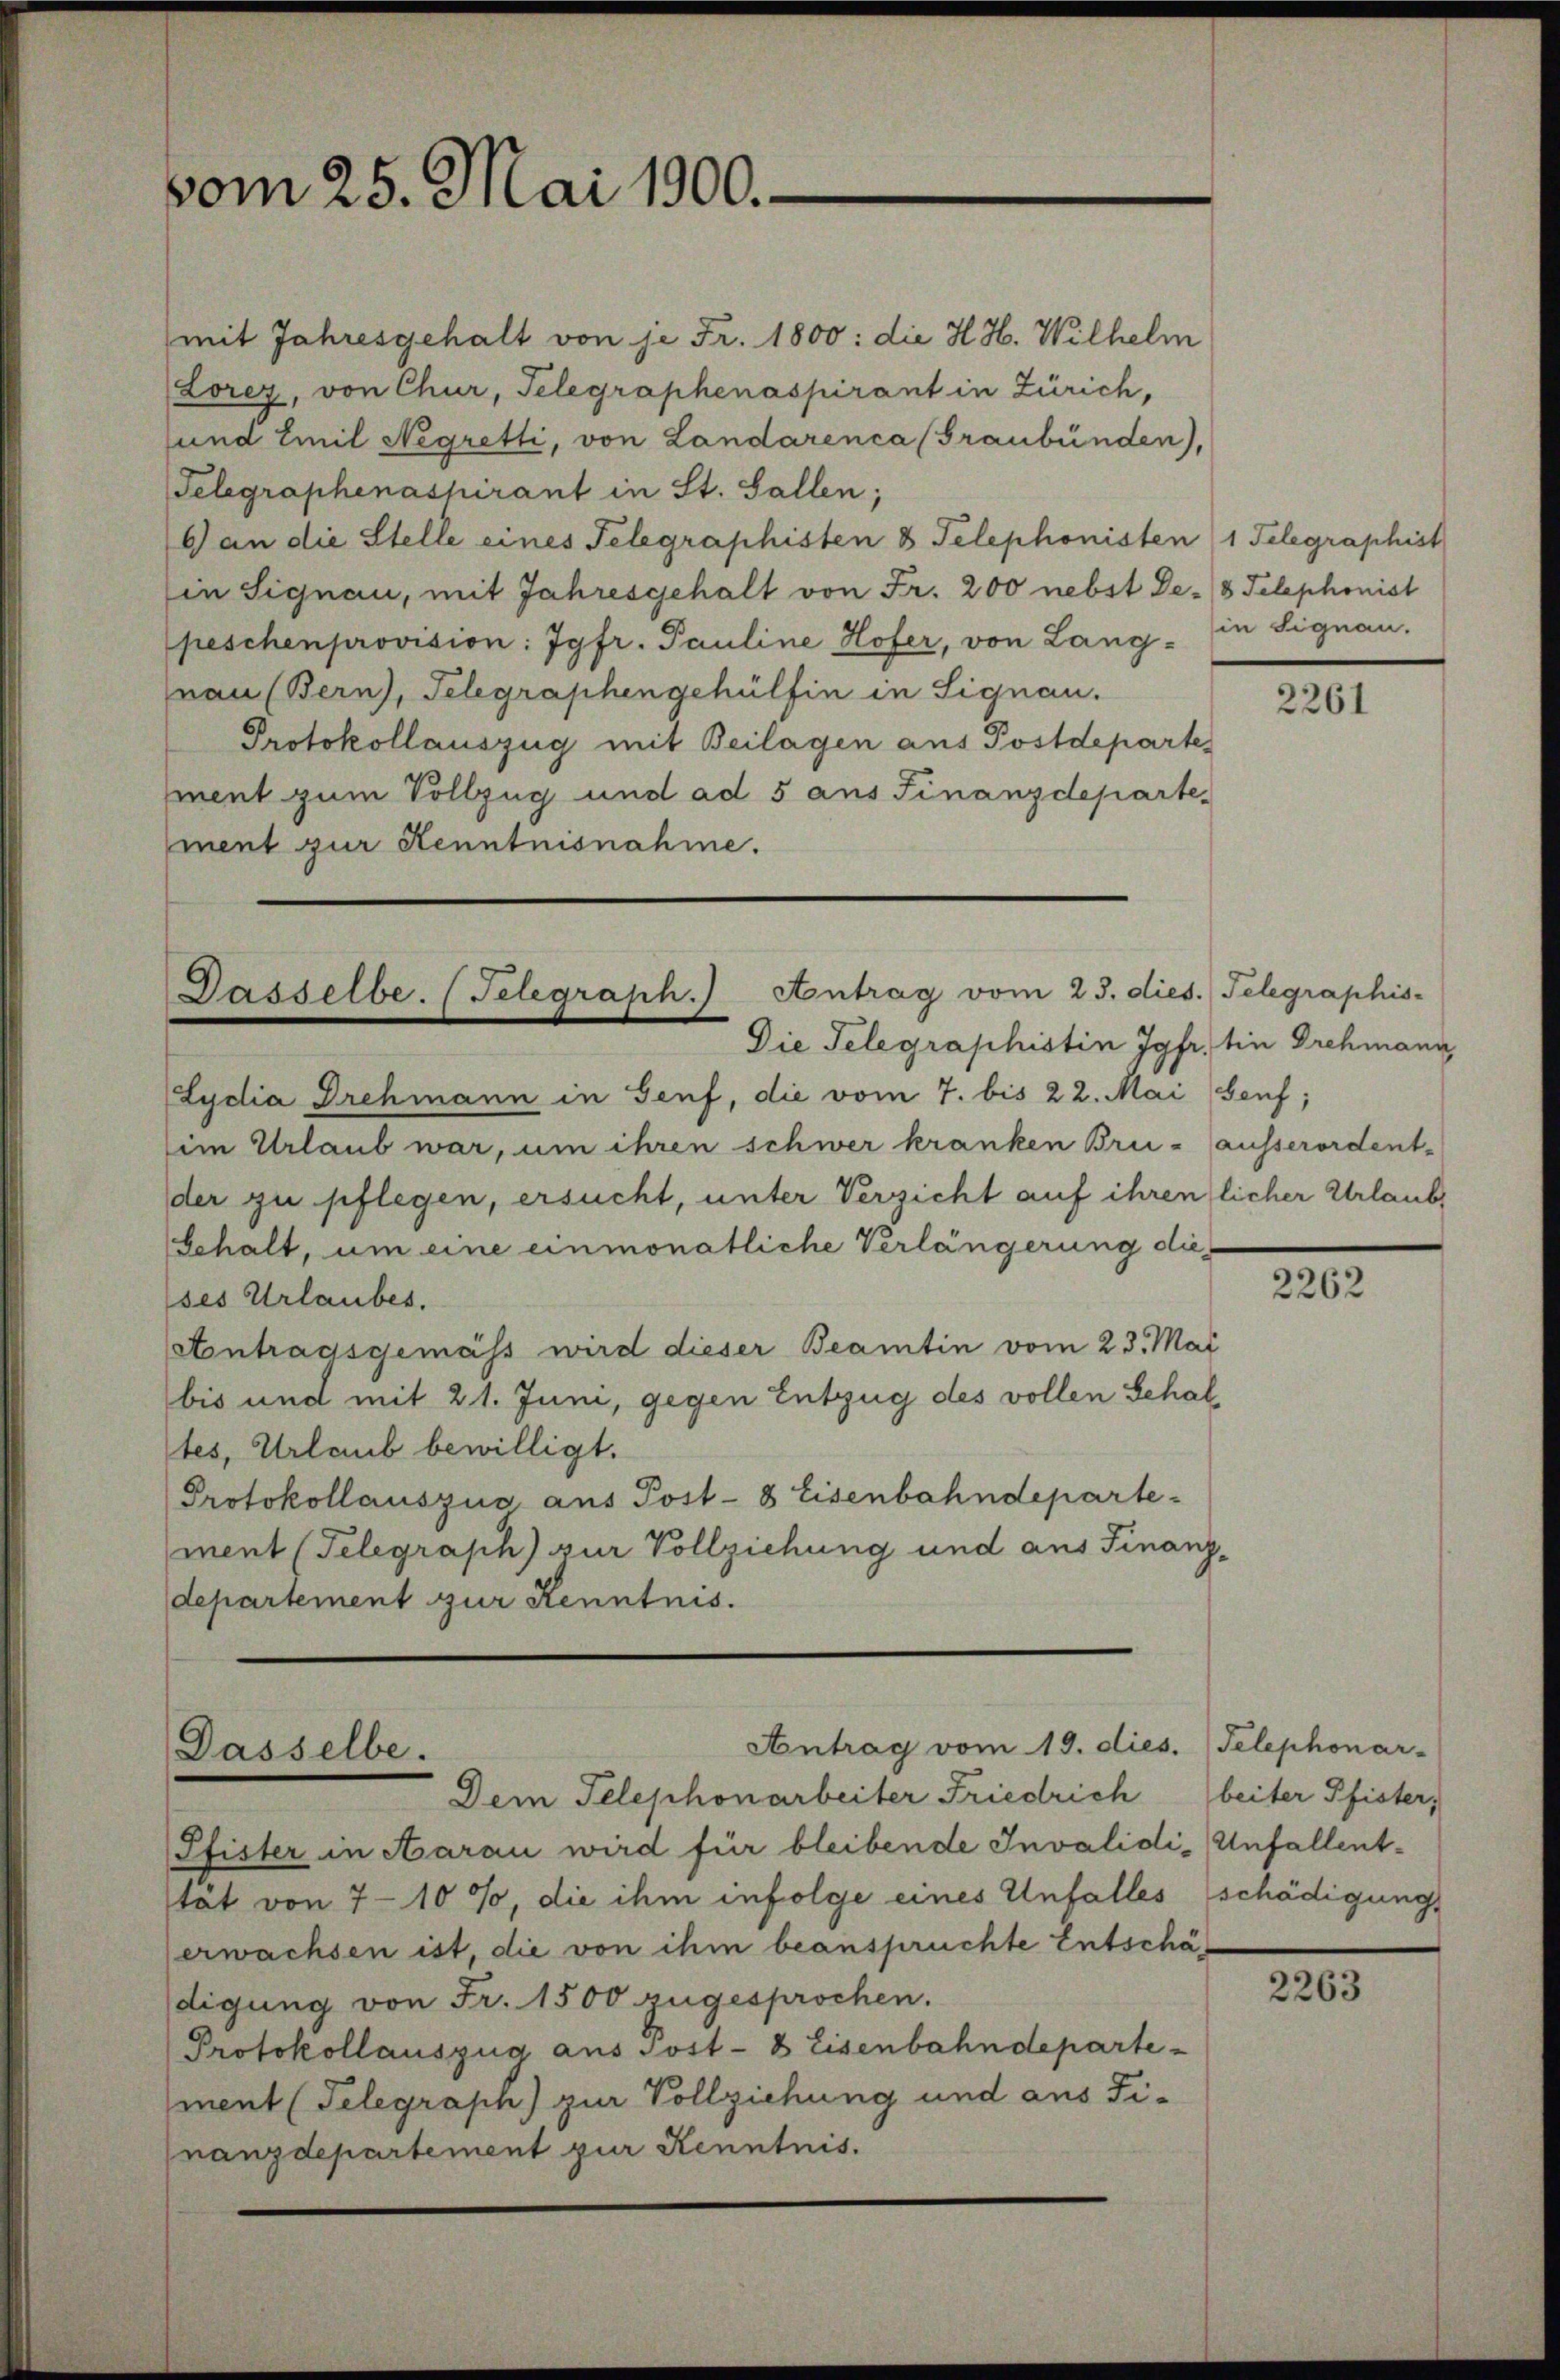
vom 25. Mai 1900.-

Dasselbe. (Telegraph.) Antrag vom 23. dies. Telegraphis
Die Telegraphistin Jgfr. bin Drehmann

mit Jahresgehalt von je Fr. 1800: die H. H. Wilhelm
Lorey, von Chur, Telegraphenaspirant in Zürich,
und Emil Negretti, von Landarenca (Graubünden),
Telegraphenashirant in St. Gallen;
A an die Stelle eines Telegraphisten 8 Telephonisten 1 Telegraphist
in Signau, mit Jahresgehalt von Fr. 200 nebst De- (8 Telephonist
peschenprovision: Jgfr. Pauline Hofer, von Lang- in Signau,
nau (Bern, Telegraphen gehülfen in Signau.
Protokollauszug mit Beilagen aus Postdeparte
ment zum Vollzug und ad 5 aus Finanzdepartement zur Kenntnisnahme.

Dem Telephonarbeiter Friedrich
Pfister in Aarau wird für bleibende Invalidi-Unfallentstät von 7-10 %, die ihm infolge eines Unfalles
erwachsen ist, die von ihm beanspruchte Entschädigung von Fr. 1500 zugesprochen.
Protokollauszug aus Post- 8 Eisenbahndepartement (Telegraph) zur Vollziehung und aus Finanzdepartement zur Kenntnis.

Dasselbe.

Antrag vom 19. dies.

Lydia Drehmann in Genf, die vom 7. bis 22. Mai (Genf;
im Urlaub war, um ihren schwer kranken Bri-ausserordent-
der zu pflegen, ersucht, unter Verzicht auf ihrenlicher Urlaube
Schalt, um eine einmonatliche Verlängerung dieses Urlaubes.
Aontragsgemäss wird dieser Beamtin vom 23. Mai
bis und mit 21. Juni, gegen Entzug des vollen Gehal
tes, Urlaub bewilligt.
Protokollauszug aus Post- 8 Eisenbahndeparte-
ment (Telegraph zur Vollziehung und aus Finanzdepartement zur Kenntnis.

2261

2262

Telephonar-
beiter Pfister;
schädigung.

20